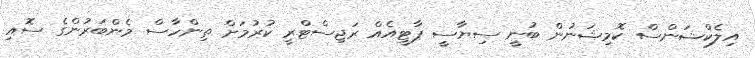
އިލެކްޝަންސް ކޮމިޝަނުން ބުނީ ސިޔާސީ ޕާޓީއެއް ރަޖިސްޓްރީ ކުރުމަށް ތިންހާސް މެންބަރުންގެ ސޮއި